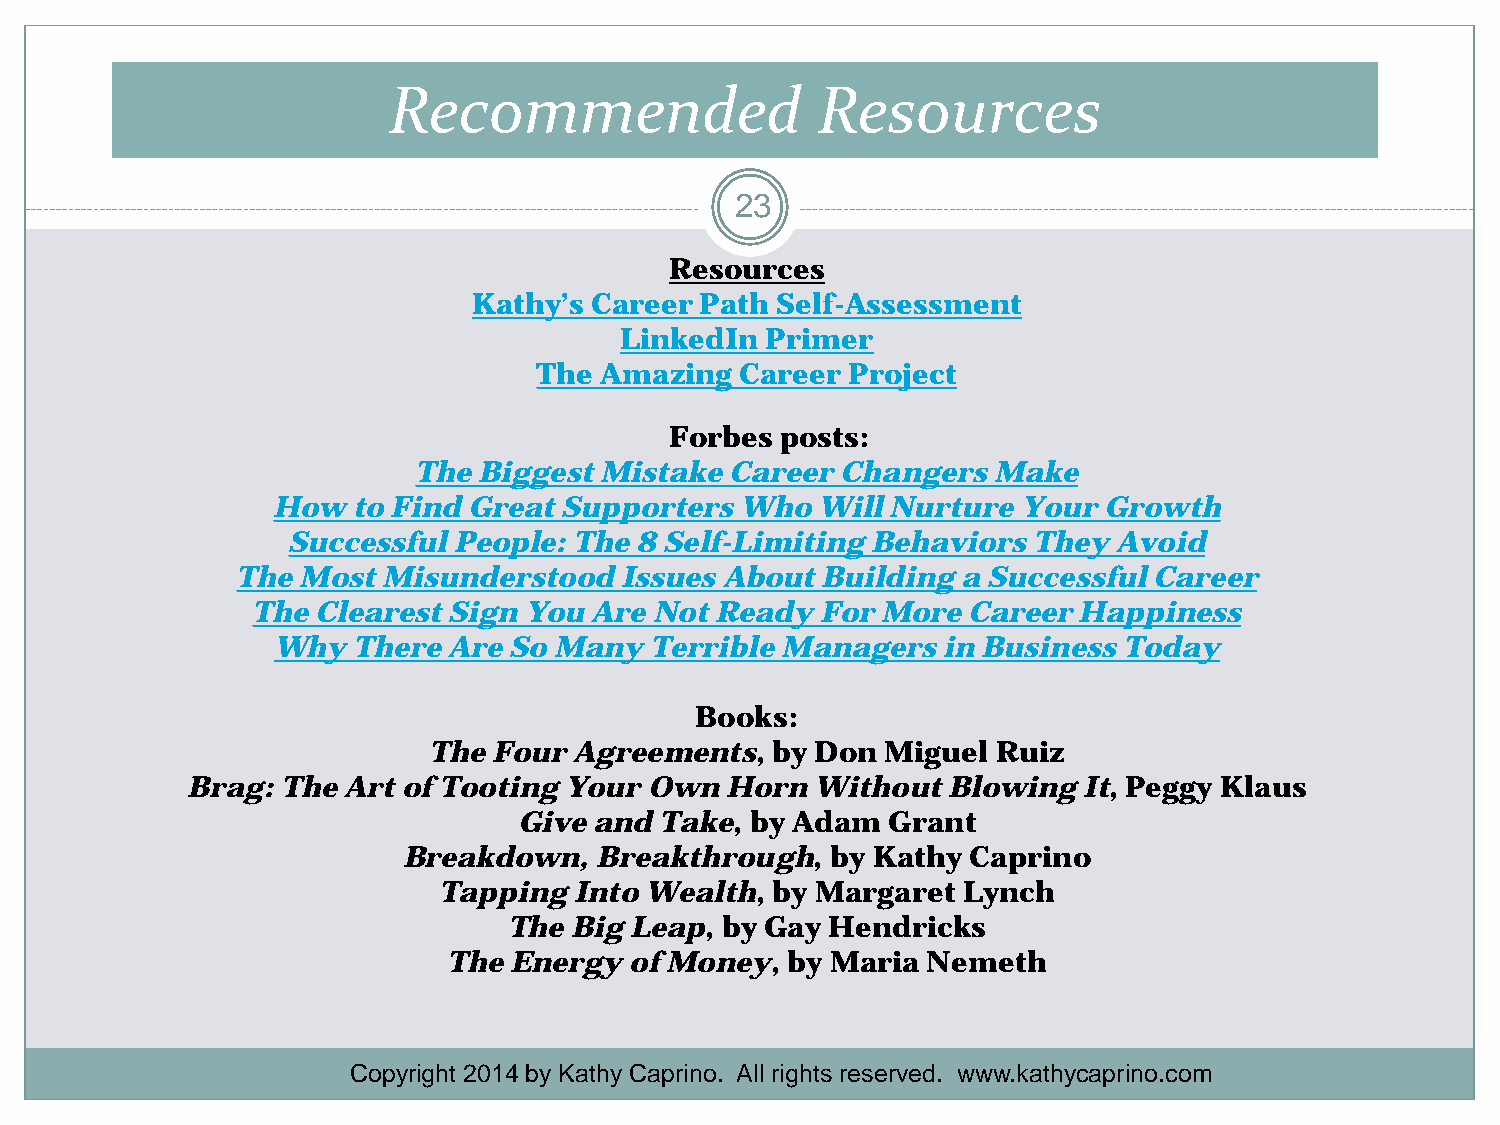
Recommended                 Resources
 23
 Resources
 Kathy’s Career Path Self-Assessment
 LinkedIn  Primer
 The Amazing  Career Project
 Forbes  posts:
 The  Biggest Mistake Career  Changers  Make
 How  to Find Great Supporters  Who  Will Nurture  Your Growth
 Successful People: The 8 Self-Limiting Behaviors They  Avoid
 The Most Misunderstood   Issues About Building  a Successful Career
 The Clearest Sign You Are Not Ready  For More  Career Happiness
 Why  There  Are So Many  Terrible Managers  in Business Today
 Books:
 The  Four Agreements,  by Don  Miguel Ruiz
 Brag:  The Art of Tooting Your Own  Horn  Without  Blowing  It, Peggy Klaus
 Give and  Take, by Adam  Grant
 Breakdown,  Breakthrough,   by Kathy Caprino
 Tapping  Into Wealth, by Margaret  Lynch
 The Big Leap, by Gay Hendricks
 The Energy  of Money, by Maria Nemeth
 Copyright 2014 by Kathy Caprino. All rights reserved. www.kathycaprino.com